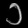
Digit: ၁